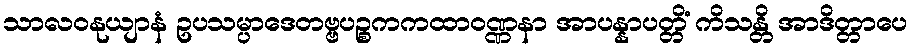
သာလဝနုယျာနံ ဥပသမ္ပာဒေတဗ္ဗပဉ္စကကထာဝဏ္ဏနာ အာပန္နာပတ္တိံ ကိသန္တိ အာဒိတ္တာပေ